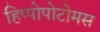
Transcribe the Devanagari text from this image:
हिप्पोपोटोमस